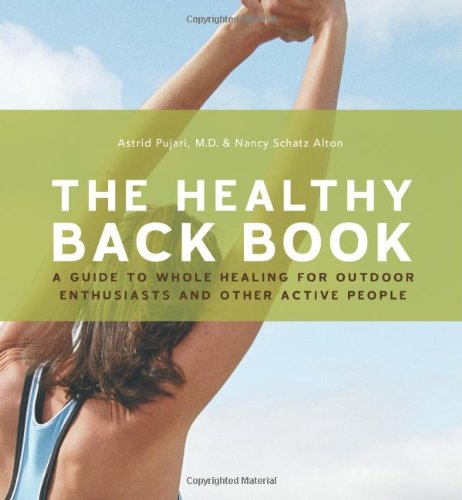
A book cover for Healthy Back Book; Astrid Pujari; Health, Fitness & Dieting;